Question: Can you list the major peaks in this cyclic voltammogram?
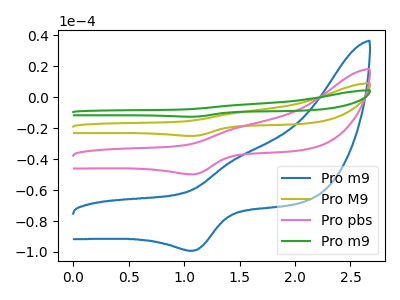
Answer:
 <answer>The blue curve "Pro m9" has an anodic peak at (1.50V, -38.90uA) and a cathodic peak at (1.10V, -99.25uA). The olive curve "Pro M9" has an anodic peak at (1.50V, -39.10uA) and a cathodic peak at (1.10V, -99.65uA). The pink curve "Pro pbs" has an anodic peak at (1.50V, -19.55uA) and a cathodic peak at (1.10V, -49.85uA). The green curve "Pro m9" has an anodic peak at (1.50V, -58.65uA) and a cathodic peak at (1.10V, -149.50uA).</answer>
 <eval></eval>